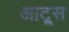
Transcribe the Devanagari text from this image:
आट्र्स